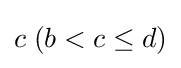
c\;(b<c\leq d)